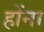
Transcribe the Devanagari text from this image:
होंना